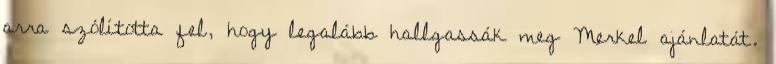
arra szólította fel, hogy legalább hallgassák meg Merkel ajánlatát.